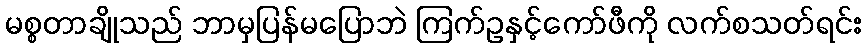
မစ္စတာချိုသည် ဘာမှပြန်မပြောဘဲ ကြက်ဥနှင့်ကော်ဖီကို လက်စသတ်ရင်း